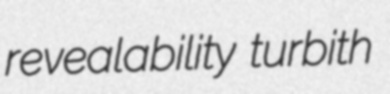
revealability turbith